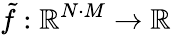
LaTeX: \tilde{f}:\mathbb{R}^{N\cdot M}\rightarrow\mathbb{R}